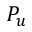
P _ { u }